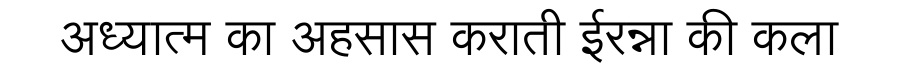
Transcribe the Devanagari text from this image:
अध्यात्म का अहसास कराती ईरन्ना की कला